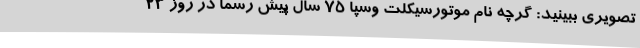
تصویری ببینید: گرچه نام موتورسیکلت وسپا ۷۵ سال پیش رسما در روز ۲۳